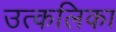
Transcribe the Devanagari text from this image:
उत्‍कलिका